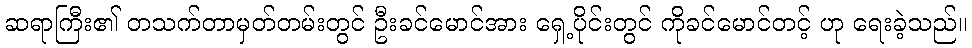
ဆရာကြီး၏ တသက်တာမှတ်တမ်းတွင် ဦးခင်မောင်အား ရှေ့ပိုင်းတွင် ကိုခင်မောင်တင့် ဟု ရေးခဲ့သည်။